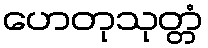
ဟေတုသုတ္တံ